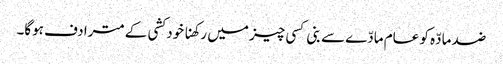
ضد مادّہ کو عام مادّے سے بنی کسی چیز میں رکھنا خود کشی کے مترادف ہوگا۔